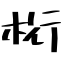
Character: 桁